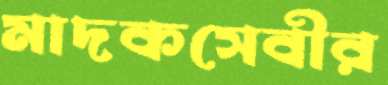
মাদকসেবীর